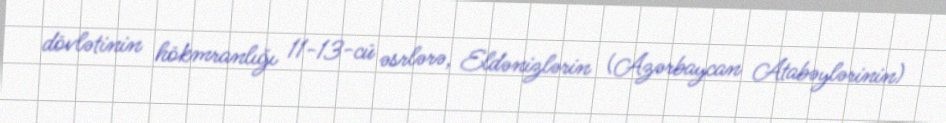
dövlətinin hökmranlığı 11-13-cü əsrlərə, Eldənizlərin (Azərbaycan Atabəylərinin)